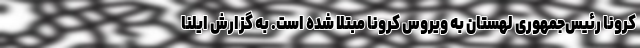
کرونا رئیس‌جمهوری لهستان به ویروس کرونا مبتلا شده است. به گزارش ایلنا